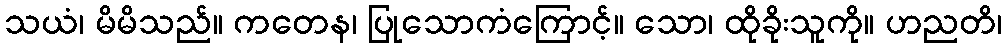
သယံ၊ မိမိသည်။ ကတေန၊ ပြုသောကံကြောင့်။ သော၊ ထိုခိုးသူကို။ ဟညတိ၊